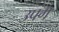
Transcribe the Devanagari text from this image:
उपंग